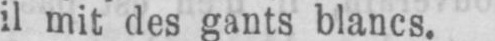
il mit des gants blancs.